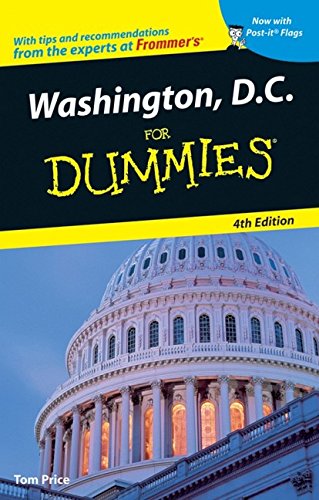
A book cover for Washington, D.C. For Dummies (Dummies Travel); Tom Price; Travel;